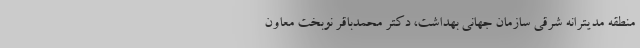
منطقه مدیترانه شرقی سازمان جهانی بهداشت، دکتر محمدباقر نوبخت معاون